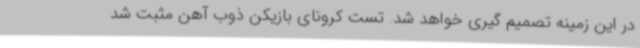
در این زمینه تصمیم گیری خواهد شد. تست کرونای بازیکن ذوب آهن مثبت شد